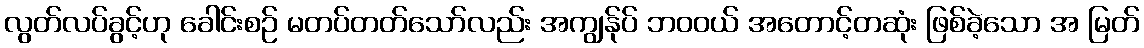
လွတ်လပ်ခွင့်ဟု ခေါင်းစဉ် မတပ်တတ်သော်လည်း အကျွန်ုပ် ဘဝဝယ် အတောင့်တဆုံး ဖြစ်ခဲ့သော အ မြတ်